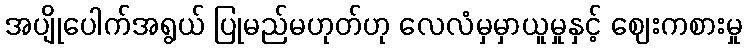
အပျိုပေါက်အရွယ် ပြုမည်မဟုတ်ဟု လေလံမှမှာယူမှုနှင့် ဈေးကစားမှု